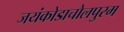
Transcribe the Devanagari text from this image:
जयंकोडाचोलपुरम